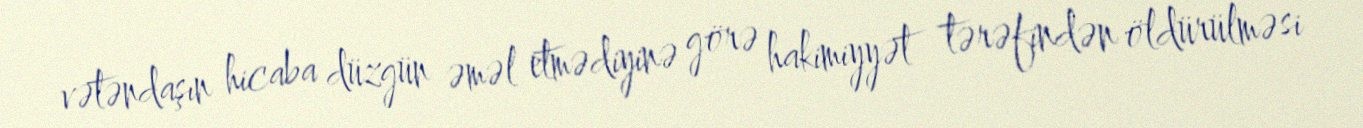
vətəndaşın hicaba düzgün əməl etmədiyinə görə hakimiyyət tərəfindən öldürülməsi